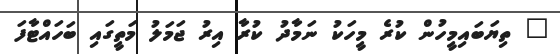
" ތިޔަބައިމީހުން ކުރެ މީހަކު ނަމާދު ކުރާ އިރު ޖަމަލު މަތީގައި ބަހައްޓާފަ